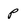
Character: p